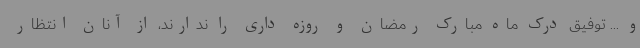
و ... توفیق درک ماه مبارک رمضان و روزه داری را ندارند، از آنان انتظار